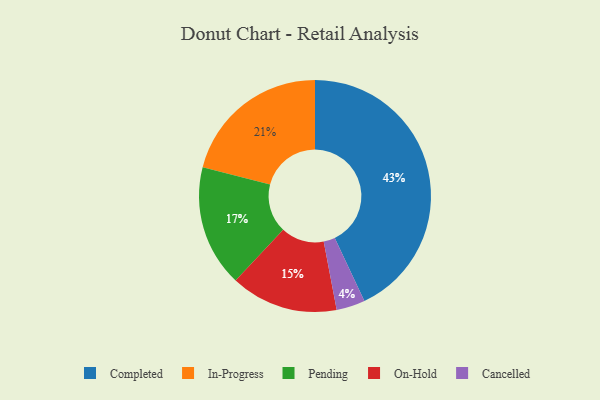
{"axis": {"x": "Category", "y": "Percentage"}, "legend": ["Cancelled", "Completed", "In-Progress", "On-Hold", "Pending"], "data": [{"x": "On-Hold", "y": 15, "type": "On-Hold"}, {"x": "In-Progress", "y": 21, "type": "In-Progress"}, {"x": "Completed", "y": 43, "type": "Completed"}, {"x": "Pending", "y": 17, "type": "Pending"}, {"x": "Cancelled", "y": 4, "type": "Cancelled"}]}